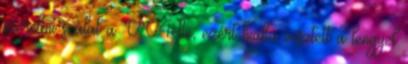
szerelmi szálat a VV4-be, ezért hiába vesztett a lengyel